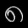
Digit: ၈